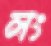
লং